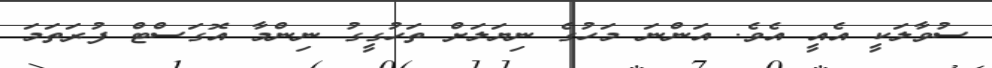
ސުވާލަކީ އެއީ އެވެ. އަންނަ މަހުގެ ނިޔަލަށް ތަހުގީގު ނިންމާ އޮގަސްޓް ފުރަތަމަ